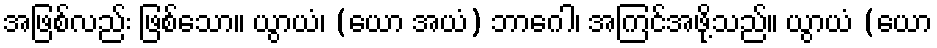
အဖြစ်လည်း ဖြစ်သော။ ယွာယံ၊ (ယော အယံ) ဘာဂေါ၊ အကြင်အဖို့သည်။ ယွာယံ (ယော